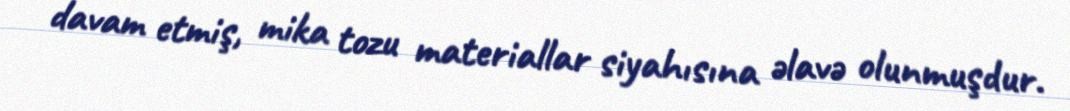
davam etmiş, mika tozu materiallar siyahısına əlavə olunmuşdur.